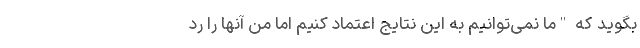
بگوید که "ما نمی‌توانیم به این نتایج اعتماد کنیم اما من آنها را رد